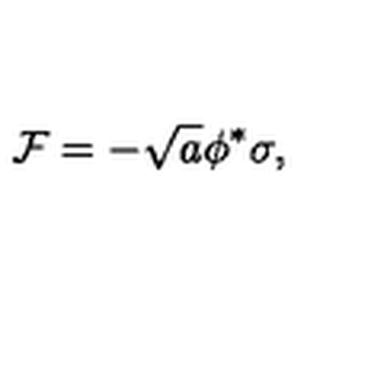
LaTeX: { \cal F } = - \sqrt { a } \phi ^ { * } \sigma ,